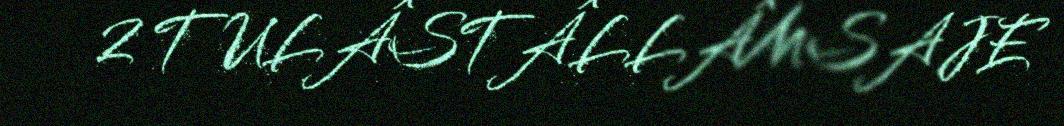
2 TULÂSTÂLLÂMSAJE